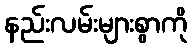
နည်းလမ်းများစွာကို